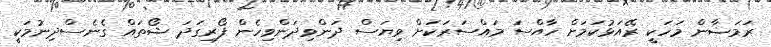
ރަމަޟާން މަހަކީ ރޭއަޅުކަމަށް ހާއްސަ މައްސަރަކަށް ވިޔަސް ދަންވިދަންވިހެން ފޯރިގަދަ ޝޯތައް ގެނެސްދިނުމަކީ